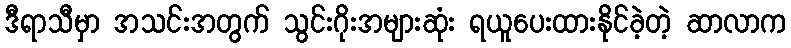
ဒီရာသီမှာ အသင်းအတွက် သွင်းဂိုးအများဆုံး ရယူပေးထားနိုင်ခဲ့တဲ့ ဆာလာက